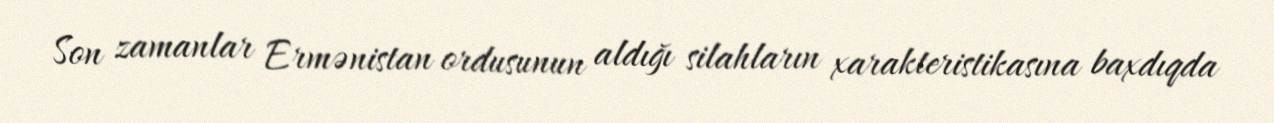
Son zamanlar Ermənistan ordusunun aldığı silahların xarakteristikasına baxdıqda